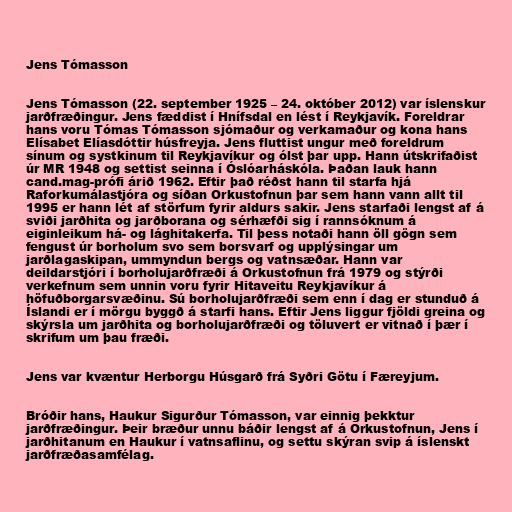
Jens Tómasson

Jens Tómasson (22. september 1925 – 24. október 2012) var íslenskur
jarðfræðingur. Jens fæddist í Hnífsdal en lést í Reykjavík. Foreldrar
hans voru Tómas Tómasson sjómaður og verkamaður og kona hans
Elísabet Elíasdóttir húsfreyja. Jens fluttist ungur með foreldrum
sínum og systkinum til Reykjavíkur og ólst þar upp. Hann útskrifaðist
úr MR 1948 og settist seinna í Óslóarháskóla. Þaðan lauk hann
cand.mag-prófi árið 1962. Eftir það réðst hann til starfa hjá
Raforkumálastjóra og síðan Orkustofnun þar sem hann vann allt til
1995 er hann lét af störfum fyrir aldurs sakir. Jens starfaði lengst af á
sviði jarðhita og jarðborana og sérhæfði sig í rannsóknum á
eiginleikum há- og lághitakerfa. Til þess notaði hann öll gögn sem
fengust úr borholum svo sem borsvarf og upplýsingar um
jarðlagaskipan, ummyndun bergs og vatnsæðar. Hann var
deildarstjóri í borholujarðfræði á Orkustofnun frá 1979 og stýrði
verkefnum sem unnin voru fyrir Hitaveitu Reykjavíkur á
höfuðborgarsvæðinu. Sú borholujarðfræði sem enn í dag er stunduð á
Íslandi er í mörgu byggð á starfi hans. Eftir Jens liggur fjöldi greina og
skýrsla um jarðhita og borholujarðfræði og töluvert er vitnað í þær í
skrifum um þau fræði.

Jens var kvæntur Herborgu Húsgarð frá Syðri Götu í Færeyjum.

Bróðir hans, Haukur Sigurður Tómasson, var einnig þekktur
jarðfræðingur. Þeir bræður unnu báðir lengst af á Orkustofnun, Jens í
jarðhitanum en Haukur í vatnsaflinu, og settu skýran svip á íslenskt
jarðfræðasamfélag.